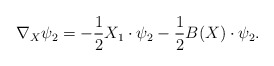
\begin{align*}\nabla_X\psi_2=-\frac{1}{2}X_1\cdot\psi_2-\frac{1}{2}B(X)\cdot\psi_2.\end{align*}